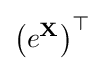
\left(e^{\mathbf {X} }\right)^{\top }